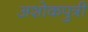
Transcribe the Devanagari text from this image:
अशोकपुत्री